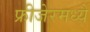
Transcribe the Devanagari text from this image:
फ्रीजेरमध्ये